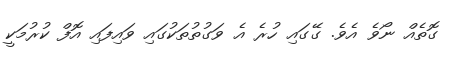
ގޮތެއް ނޯވެ އެވެ. ގޭގައި ހުރެ އެ ވަގުތުތަކުގައި ވައިފައި އޮފް ކުރުމަކީ